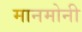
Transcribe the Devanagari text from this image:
मानमोनी